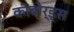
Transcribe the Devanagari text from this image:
कीबोर्ड्स